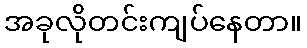
အခုလိုတင်းကျပ်နေတာ။